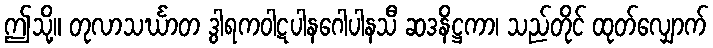
ဤသို့။ တုလာသင်္ဃာတ ဒွါရကဝါဋပါနဂေါပါနသီ ဆဒနိဋ္ဌကာ၊ သည်တိုင် ထုတ်လျှောက်